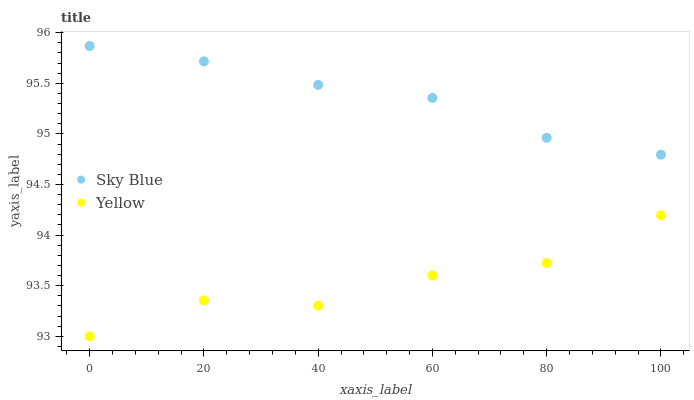
| xaxis_label | Sky Blue | Yellow |
 | --- | --- | --- |
 | 0 | 95.9 | 93 |
 | 20 | 95.7 | 93.4 |
 | 40 | 95.5 | 93.3 |
 | 60 | 95.4 | 93.6 |
 | 80 | 95 | 93.7 |
 | 100 | 94.8 | 94.2 |